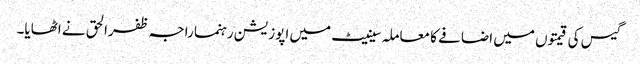
گیس کی قیمتوں میں اضافے کا معاملہ سینیٹ میں اپوزیشن رہنما راجہ ظفرالحق نے اٹھایا۔